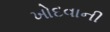
ખોદવાની